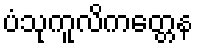
ပံသုကူလိကတ္တေန